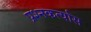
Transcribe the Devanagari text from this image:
प्रश्नकर्त्यास